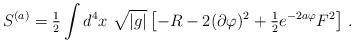
\begin{align*}S^{(a)}= {\textstyle\frac{1}{2}}\int d^{4}x\ \sqrt{|g|}\left[-R -2(\partial\varphi)^{2}+{\textstyle\frac{1}{2}}e^{-2a\varphi}F^{2}\right]\, .\end{align*}